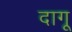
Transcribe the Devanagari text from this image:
दागू